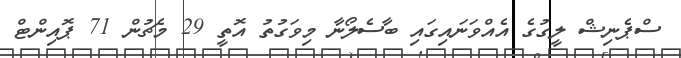
ސްޕެނިޝް ލީގުގެ އެއްވަނައިގައި ބާސެލޯނާ މިވަގުތު އޮތީ 29 މެޗުން 71 ޕޮއިންޓް